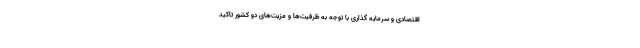
اقتصادی و سرمایه گذاری با توجه به ظرفیت‌ها و مزیت‌های دو کشور تاکید